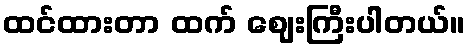
ထင်ထားတာ ထက် ဈေးကြီးပါတယ်။